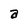
Character: a